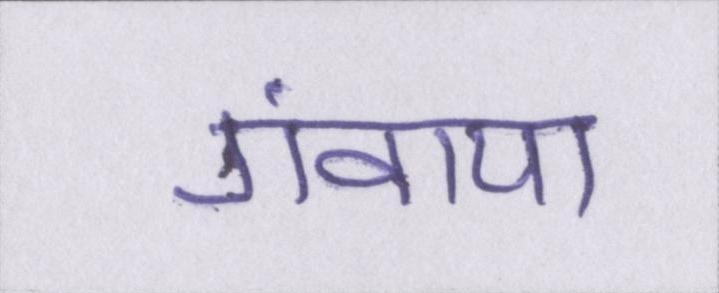
गंवाया